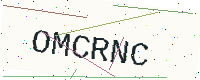
Text: OMCRNC